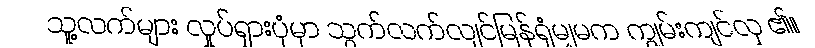
သူ့လက်များ လှုပ်ရှားပုံမှာ သွက်လက်လျင်မြန်ရုံမျှမက ကျွမ်းကျင်လှ ၏။